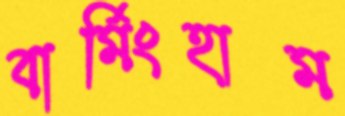
বার্মিংহাম